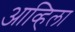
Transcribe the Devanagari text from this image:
आव्हिला